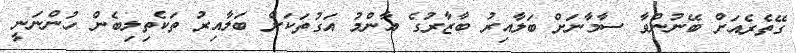
ގޭތެރެއަށް ބޭނުންވާ ސާމާނަށް ބަލާއިރު ބާޒާރުގެ އާންމު އަގުތަކަށް ބަލާއިރު ތަކެތިލިބެން ހުންނަނީ